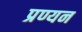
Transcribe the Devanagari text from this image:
प्रण्यन